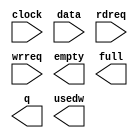
// megafunction wizard: %FIFO%VBB%
// GENERATION: STANDARD
// VERSION: WM1.0
// MODULE: scfifo 

// ============================================================
// Megafunction Name(s):
// 			scfifo
//
// Simulation Library Files(s):
// 			altera_mf
// ============================================================
// ************************************************************
// THIS IS A WIZARD-GENERATED FILE. DO NOT EDIT THIS FILE!
//
// 20.1.0 Build 711 06/05/2020 SJ Standard Edition
// ************************************************************

//Copyright (C) 2020  Intel Corporation. All rights reserved.
//Your use of Intel Corporation's design tools, logic functions 
//and other software and tools, and any partner logic 
//functions, and any output files from any of the foregoing 
//(including device programming or simulation files), and any 
//associated documentation or information are expressly subject 
//to the terms and conditions of the Intel Program License 
//Subscription Agreement, the Intel Quartus Prime License Agreement,
//the Intel FPGA IP License Agreement, or other applicable license
//agreement, including, without limitation, that your use is for
//the sole purpose of programming logic devices manufactured by
//Intel and sold by Intel or its authorized distributors.  Please
//refer to the applicable agreement for further details, at
//https://fpgasoftware.intel.com/eula.

module asyn_fifo_input (
	clock,
	data,
	rdreq,
	wrreq,
	empty,
	full,
	q,
	usedw);

	input	  clock;
	input	[23:0]  data;
	input	  rdreq;
	input	  wrreq;
	output	  empty;
	output	  full;
	output	[23:0]  q;
	output	[10:0]  usedw;

endmodule

// ============================================================
// CNX file retrieval info
// ============================================================
// Retrieval info: PRIVATE: AlmostEmpty NUMERIC "0"
// Retrieval info: PRIVATE: AlmostEmptyThr NUMERIC "-1"
// Retrieval info: PRIVATE: AlmostFull NUMERIC "0"
// Retrieval info: PRIVATE: AlmostFullThr NUMERIC "-1"
// Retrieval info: PRIVATE: CLOCKS_ARE_SYNCHRONIZED NUMERIC "0"
// Retrieval info: PRIVATE: Clock NUMERIC "0"
// Retrieval info: PRIVATE: Depth NUMERIC "2048"
// Retrieval info: PRIVATE: Empty NUMERIC "1"
// Retrieval info: PRIVATE: Full NUMERIC "1"
// Retrieval info: PRIVATE: INTENDED_DEVICE_FAMILY STRING "Cyclone V"
// Retrieval info: PRIVATE: LE_BasedFIFO NUMERIC "0"
// Retrieval info: PRIVATE: LegacyRREQ NUMERIC "1"
// Retrieval info: PRIVATE: MAX_DEPTH_BY_9 NUMERIC "0"
// Retrieval info: PRIVATE: OVERFLOW_CHECKING NUMERIC "0"
// Retrieval info: PRIVATE: Optimize NUMERIC "1"
// Retrieval info: PRIVATE: RAM_BLOCK_TYPE NUMERIC "2"
// Retrieval info: PRIVATE: SYNTH_WRAPPER_GEN_POSTFIX STRING "0"
// Retrieval info: PRIVATE: UNDERFLOW_CHECKING NUMERIC "0"
// Retrieval info: PRIVATE: UsedW NUMERIC "1"
// Retrieval info: PRIVATE: Width NUMERIC "24"
// Retrieval info: PRIVATE: dc_aclr NUMERIC "0"
// Retrieval info: PRIVATE: diff_widths NUMERIC "0"
// Retrieval info: PRIVATE: msb_usedw NUMERIC "0"
// Retrieval info: PRIVATE: output_width NUMERIC "24"
// Retrieval info: PRIVATE: rsEmpty NUMERIC "1"
// Retrieval info: PRIVATE: rsFull NUMERIC "0"
// Retrieval info: PRIVATE: rsUsedW NUMERIC "0"
// Retrieval info: PRIVATE: sc_aclr NUMERIC "0"
// Retrieval info: PRIVATE: sc_sclr NUMERIC "0"
// Retrieval info: PRIVATE: wsEmpty NUMERIC "0"
// Retrieval info: PRIVATE: wsFull NUMERIC "1"
// Retrieval info: PRIVATE: wsUsedW NUMERIC "0"
// Retrieval info: LIBRARY: altera_mf altera_mf.altera_mf_components.all
// Retrieval info: CONSTANT: ADD_RAM_OUTPUT_REGISTER STRING "ON"
// Retrieval info: CONSTANT: INTENDED_DEVICE_FAMILY STRING "Cyclone V"
// Retrieval info: CONSTANT: LPM_HINT STRING "RAM_BLOCK_TYPE=M10K"
// Retrieval info: CONSTANT: LPM_NUMWORDS NUMERIC "2048"
// Retrieval info: CONSTANT: LPM_SHOWAHEAD STRING "OFF"
// Retrieval info: CONSTANT: LPM_TYPE STRING "scfifo"
// Retrieval info: CONSTANT: LPM_WIDTH NUMERIC "24"
// Retrieval info: CONSTANT: LPM_WIDTHU NUMERIC "11"
// Retrieval info: CONSTANT: OVERFLOW_CHECKING STRING "ON"
// Retrieval info: CONSTANT: UNDERFLOW_CHECKING STRING "ON"
// Retrieval info: CONSTANT: USE_EAB STRING "ON"
// Retrieval info: USED_PORT: clock 0 0 0 0 INPUT NODEFVAL "clock"
// Retrieval info: USED_PORT: data 0 0 24 0 INPUT NODEFVAL "data[23..0]"
// Retrieval info: USED_PORT: empty 0 0 0 0 OUTPUT NODEFVAL "empty"
// Retrieval info: USED_PORT: full 0 0 0 0 OUTPUT NODEFVAL "full"
// Retrieval info: USED_PORT: q 0 0 24 0 OUTPUT NODEFVAL "q[23..0]"
// Retrieval info: USED_PORT: rdreq 0 0 0 0 INPUT NODEFVAL "rdreq"
// Retrieval info: USED_PORT: usedw 0 0 11 0 OUTPUT NODEFVAL "usedw[10..0]"
// Retrieval info: USED_PORT: wrreq 0 0 0 0 INPUT NODEFVAL "wrreq"
// Retrieval info: CONNECT: @clock 0 0 0 0 clock 0 0 0 0
// Retrieval info: CONNECT: @data 0 0 24 0 data 0 0 24 0
// Retrieval info: CONNECT: @rdreq 0 0 0 0 rdreq 0 0 0 0
// Retrieval info: CONNECT: @wrreq 0 0 0 0 wrreq 0 0 0 0
// Retrieval info: CONNECT: empty 0 0 0 0 @empty 0 0 0 0
// Retrieval info: CONNECT: full 0 0 0 0 @full 0 0 0 0
// Retrieval info: CONNECT: q 0 0 24 0 @q 0 0 24 0
// Retrieval info: CONNECT: usedw 0 0 11 0 @usedw 0 0 11 0
// Retrieval info: GEN_FILE: TYPE_NORMAL asyn_fifo_input.v TRUE
// Retrieval info: GEN_FILE: TYPE_NORMAL asyn_fifo_input.inc FALSE
// Retrieval info: GEN_FILE: TYPE_NORMAL asyn_fifo_input.cmp FALSE
// Retrieval info: GEN_FILE: TYPE_NORMAL asyn_fifo_input.bsf FALSE
// Retrieval info: GEN_FILE: TYPE_NORMAL asyn_fifo_input_inst.v FALSE
// Retrieval info: GEN_FILE: TYPE_NORMAL asyn_fifo_input_bb.v TRUE
// Retrieval info: LIB_FILE: altera_mf